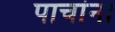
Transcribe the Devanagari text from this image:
पाचांना